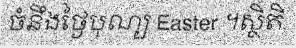
ចំនឹងថ្ងៃបុណ្យ Easter ។ស្ថិតិ